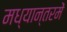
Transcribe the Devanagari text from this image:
मध्यान्तरमें